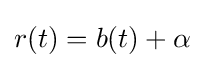
r(t)=b(t)+\alpha